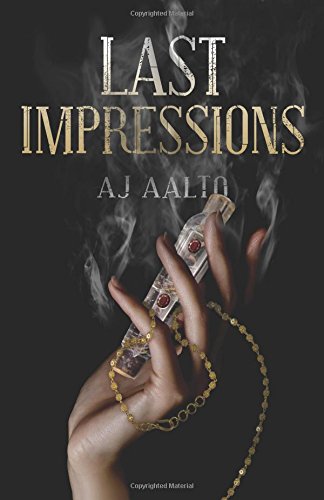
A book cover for Last Impressions (The Marnie Baranuik Files) (Volume 3); A.J. Aalto; Romance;